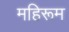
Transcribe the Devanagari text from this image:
महिरूम